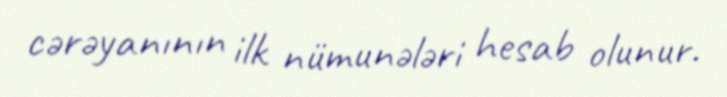
cərəyanının ilk nümunələri hesab olunur.